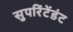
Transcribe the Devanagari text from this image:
सुपरिंटेंडंट